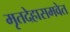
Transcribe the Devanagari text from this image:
मृतदेहासमवेत